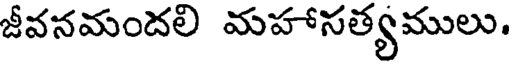
జీవనమందలి మహాసత్యములు.